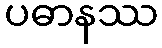
ပဓာနဿ